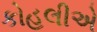
કોહલીએ